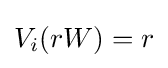
V_{i}(rW)=r